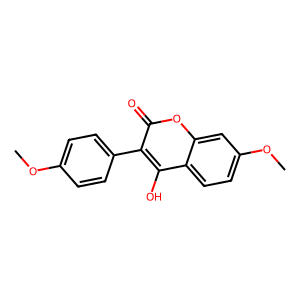
SMILES: COc1ccc(-c2c(O)c3ccc(OC)cc3oc2=O)cc1
Inhibits HIV replication: No